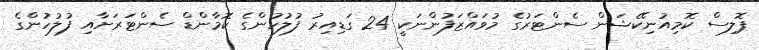
ޕޮލިސް ކޮމިއުނިކޭޝަން ސެންޓަރުގެ މުވައްޒަފުންނަކީ 24 ގަޑިއިރު ފުލުހުންގެ ކޮމާންޑް ސެންޓަރަށާއި ފުލުހުންގެ